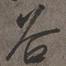
谷